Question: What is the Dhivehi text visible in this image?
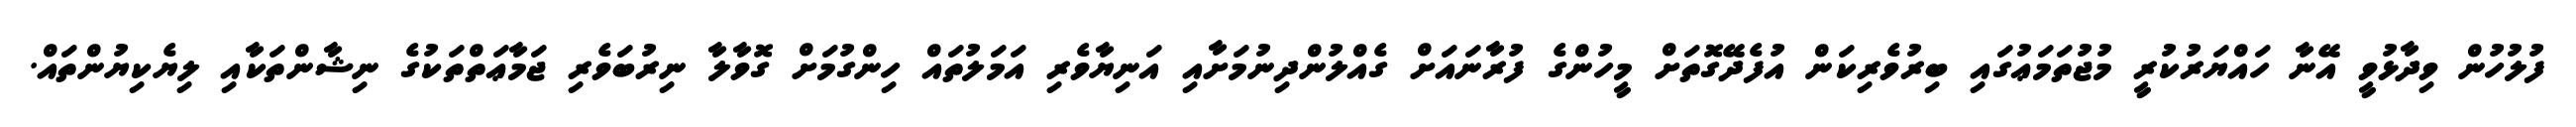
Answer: ފުލުހުން ވިދާޅުވީ އޭނާ ހައްޔަރުކުރީ މުޖުތަމަޢުގައި ބިރުވެރިކަން އުފެދޭގޮތަށް މީހުންގެ ފުރާނައަށް ގެއްލުންދިނުމަށާއި އަނިޔާވެރި އަމަލުތައް ހިންގުމަށް ގޮވާލާ ނިރުބަވެރި ޖަމާޢަތްތަކުގެ ނިޝާންތަކާއި ލިޔެކިޔުންތައް.